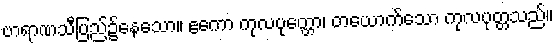
ဗာရာဏသီပြည်၌နေသော။ ဧကော ကုလပုတ္တော၊ တယောက်သော ကုလပုတ္တသည်။